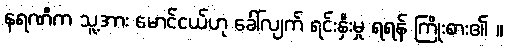
နရဏီက သူ့အား မောင်ငယ်ဟု ခေါ်လျက် ရင်းနှီးမှု ရရန် ကြိုးစား၏ ။